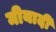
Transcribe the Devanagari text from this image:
मीयादी